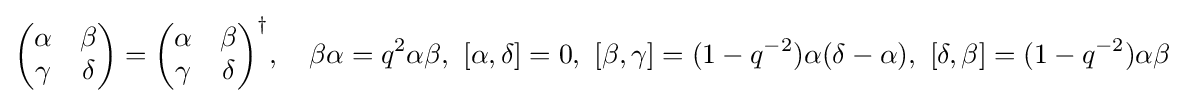
{\begin{pmatrix}\alpha &\beta \\\gamma &\delta \end{pmatrix}}={\begin{pmatrix}\alpha &\beta \\\gamma &\delta \end{pmatrix}}^{\dagger },\quad \beta \alpha =q^{2}\alpha \beta ,\ [\alpha ,\delta ]=0,\ [\beta ,\gamma ]=(1-q^{-2})\alpha (\delta -\alpha ),\ [\delta ,\beta ]=(1-q^{-2})\alpha \beta